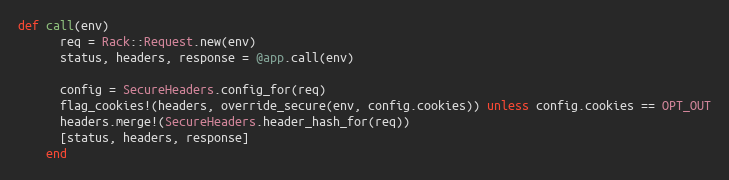
Language: Ruby
def call(env)
      req = Rack::Request.new(env)
      status, headers, response = @app.call(env)

      config = SecureHeaders.config_for(req)
      flag_cookies!(headers, override_secure(env, config.cookies)) unless config.cookies == OPT_OUT
      headers.merge!(SecureHeaders.header_hash_for(req))
      [status, headers, response]
    end